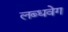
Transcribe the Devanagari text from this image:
लब्धवेग